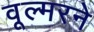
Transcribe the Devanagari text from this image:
वूल्मरने